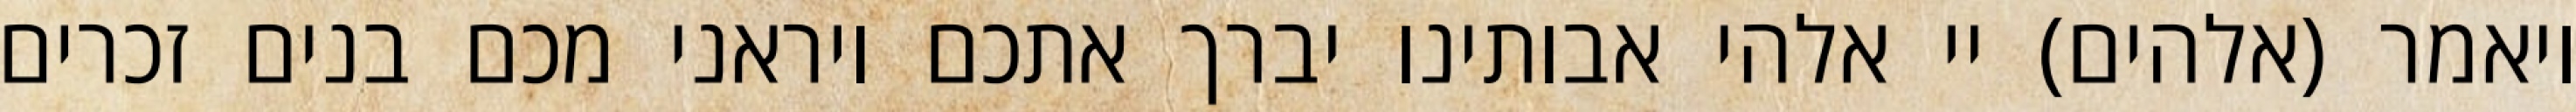
ויאמר (אלהים) יי אלהי אבותינו יברך אתכם ויראני מכם בנים זכרים